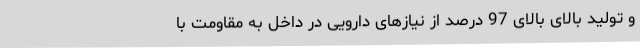
و تولید بالای بالای 97 درصد از نیازهای دارویی در داخل به مقاومت با